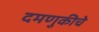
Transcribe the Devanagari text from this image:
दमणुकीचे